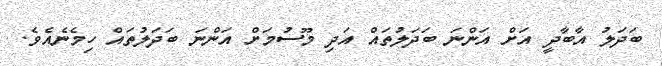
ބަދަލު އާބާދީ އަށް އަންނަ ބަދަލުތައް އަދި މޫސުމަށް އަންނަ ބަދަލުތައް ހިމެނެއެވެ.